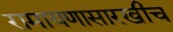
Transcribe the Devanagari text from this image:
रामायणासारखीच